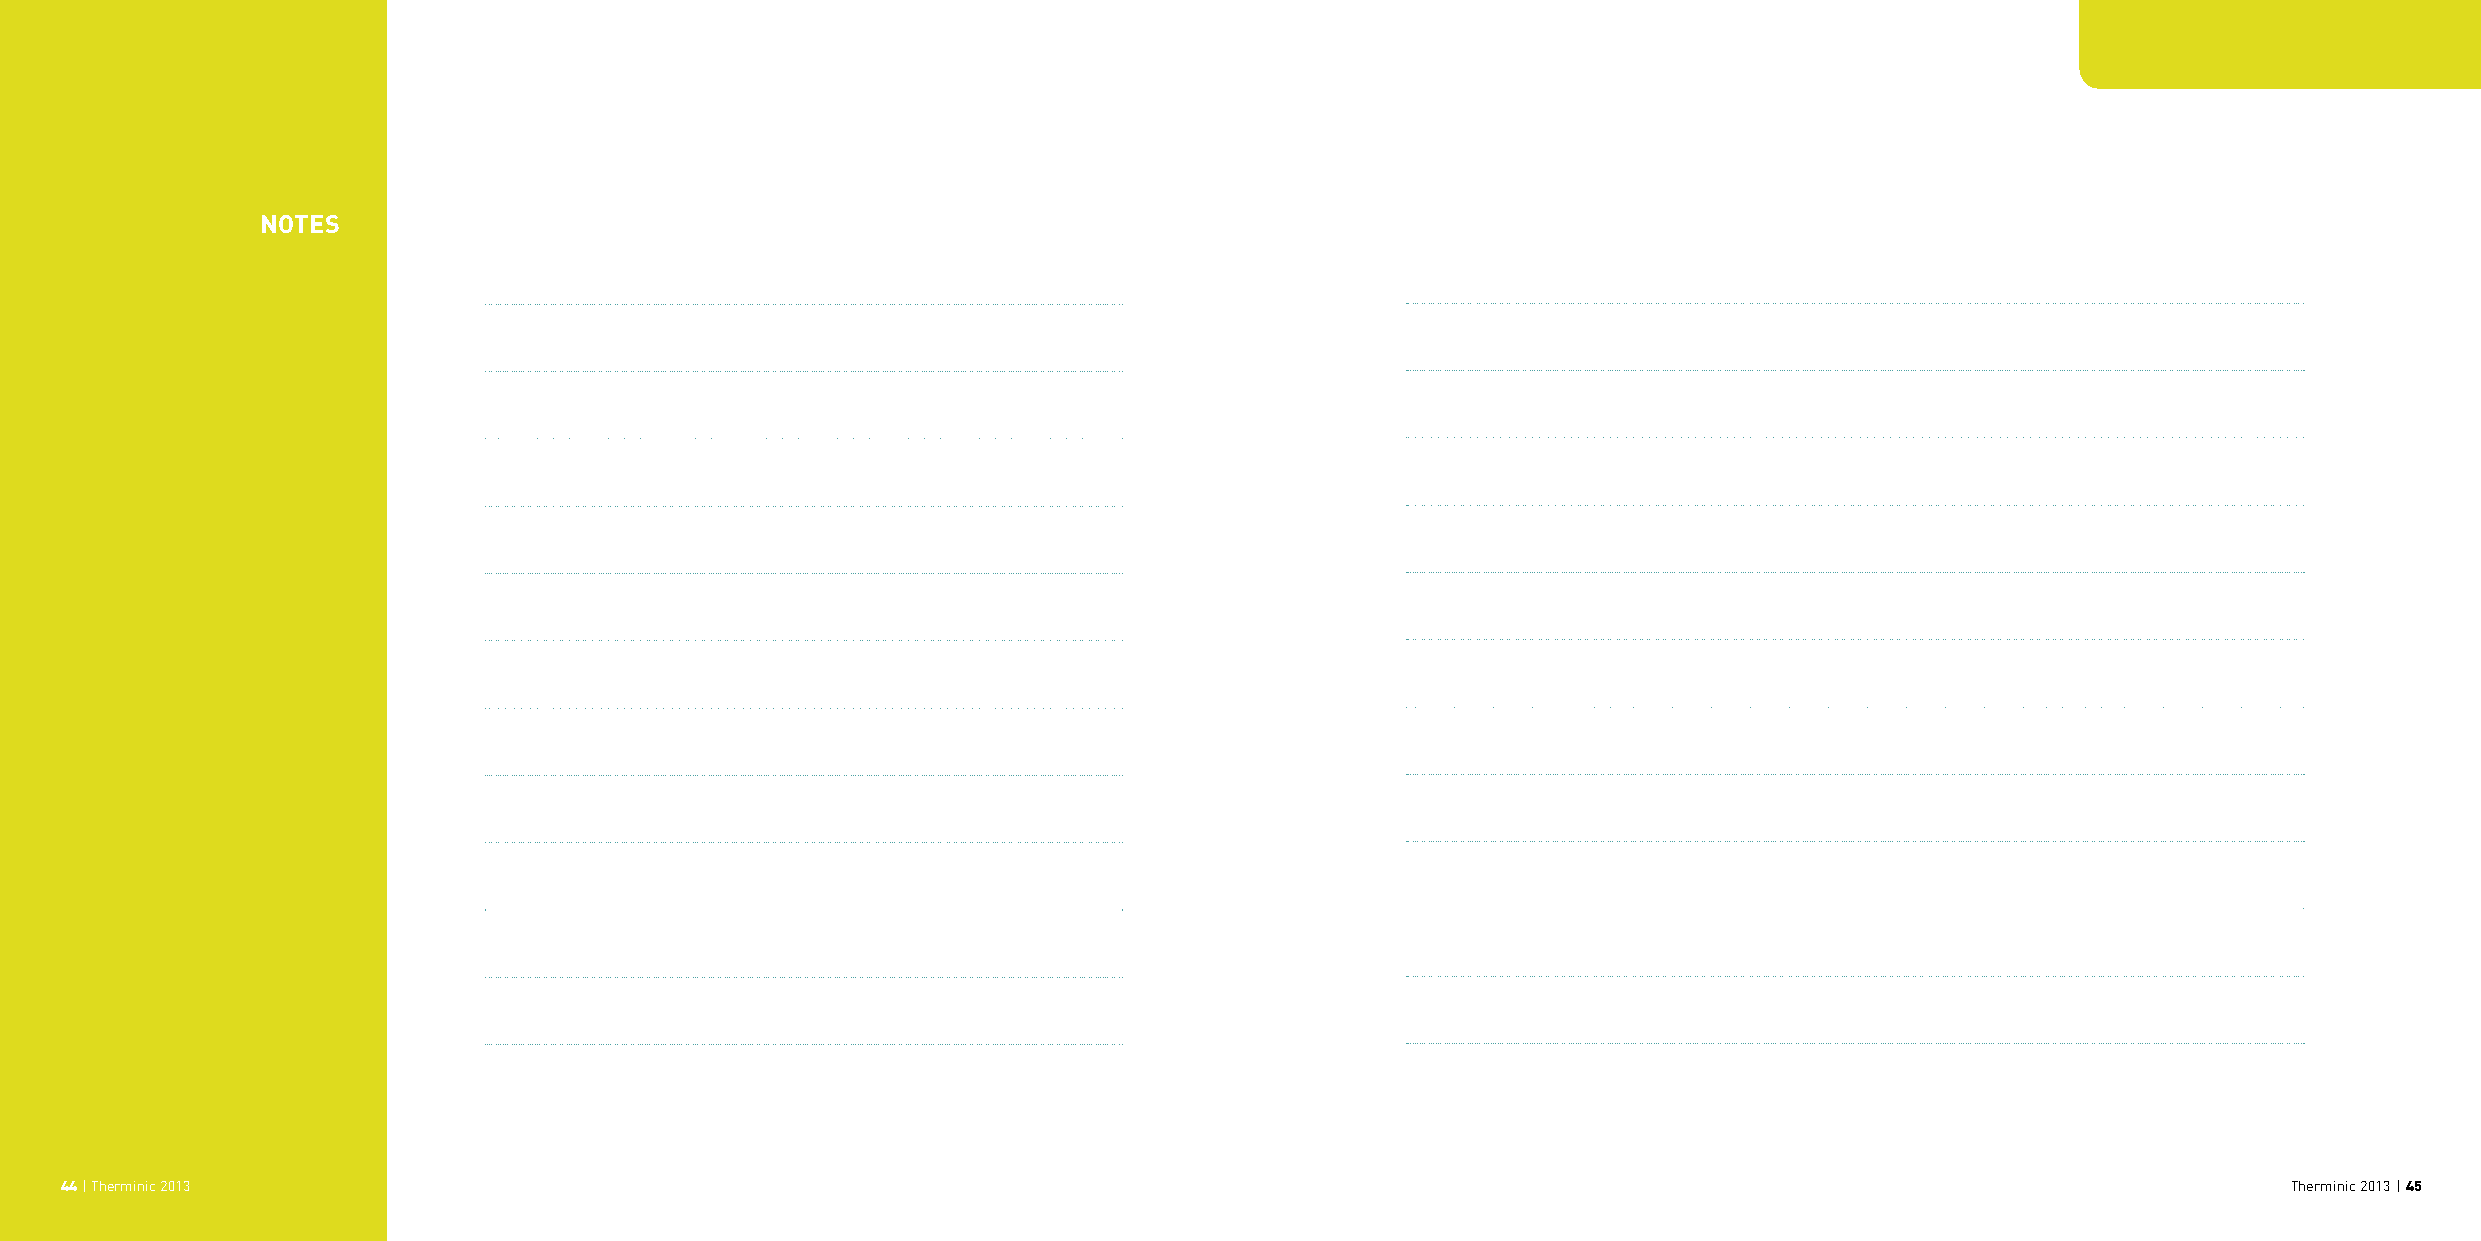
noteS
 44 | Therminic 2013                                                                                                                                 Therminic 2013 | 45